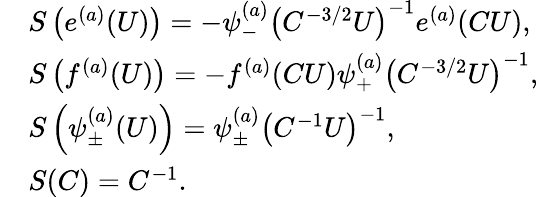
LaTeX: \begin{array}{rl}&{S\left(e^{(a)}(U)\right)=-\psi_{-}^{(a)}\left(C^{-3/2}U\right)^{-1}e^{(a)}(CU),}\\ &{S\left(f^{(a)}(U)\right)=-f^{(a)}(CU)\psi_{+}^{(a)}\left(C^{-3/2}U\right)^{-1},}\\ &{S\left(\psi_{\pm}^{(a)}(U)\right)=\psi_{\pm}^{(a)}\left(C^{-1}U\right)^{-1},}\\ &{S(C)=C^{-1}.}\end{array}